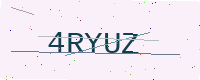
Text: 4RYUZ